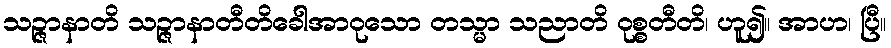
သဉ္ဇာနာတိ သဉ္ဇာနာတီတိခေါအာဝုသော တသ္မာ သညာတိ ဝုစ္စတီတိ၊ ဟူ၍။ အာဟ၊ ပြီ။